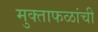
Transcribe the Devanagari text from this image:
मुक्ताफळांची